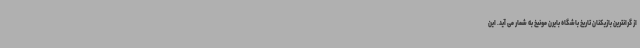
از گرانترین بازیکنان تاریخ باشگاه بایرن مونیخ به شمار می آید. این